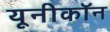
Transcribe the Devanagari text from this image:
यूनीकॉन